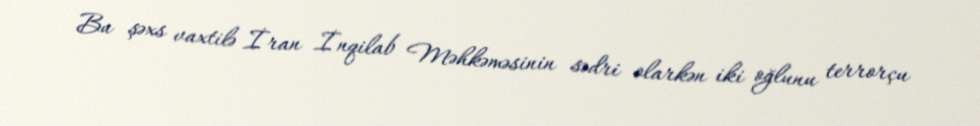
Bu şəxs vaxtilə İran İnqilab Məhkəməsinin sədri olarkən iki oğlunu terrorçu